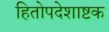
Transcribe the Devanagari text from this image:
हितोपदेशाष्टक